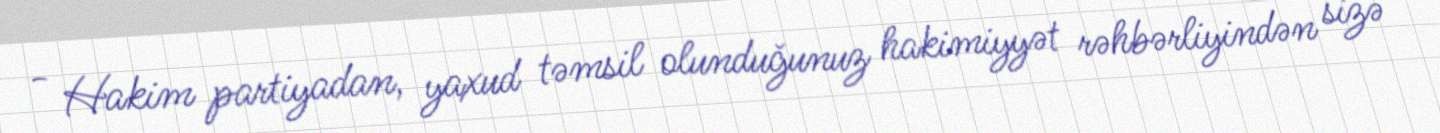
- Hakim partiyadan, yaxud təmsil olunduğunuz hakimiyyət rəhbərliyindən sizə